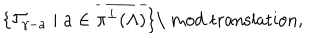
LaTeX: \{ { \cal T } _ { \gamma - a } \mid a \in \overline { { { \pi ^ { \perp } ( \Lambda ) } } } \} \mathrm { \ m o d ~ t r a n s l a t i o n } ,